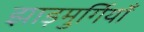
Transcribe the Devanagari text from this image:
झाड़मुर्गियाँ